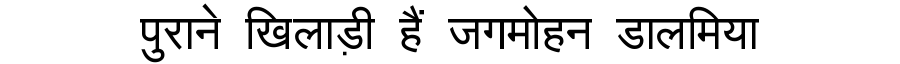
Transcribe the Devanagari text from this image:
पुराने खिलाड़ी हैं जगमोहन डालमिया